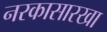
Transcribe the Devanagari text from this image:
नरकासारखा